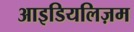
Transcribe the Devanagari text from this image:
आइडियलिज़म